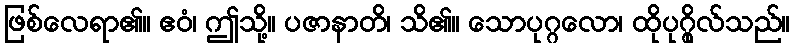
ဖြစ်လေရာ၏။ ဧဝံ၊ ဤသို့။ ပဇာနာတိ၊ သိ၏။ သောပုဂ္ဂလော၊ ထိုပုဂ္ဂိုလ်သည်။